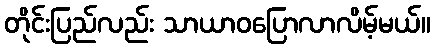
တိုင်းပြည်လည်း သာယာဝပြောလာလိမ့်မယ်။